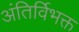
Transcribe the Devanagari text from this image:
अंतिर्विभक्त